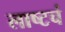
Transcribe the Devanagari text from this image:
लाष्टचं